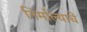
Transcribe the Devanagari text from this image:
निर्माल्याचे